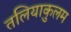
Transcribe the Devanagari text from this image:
तलियाकुलम